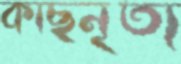
কাছনৃত্য